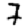
Digit: 7